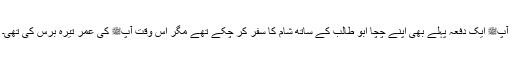
آپﷺ ایک دفعہ پہلے بھی اپنے چچا ابو طالب کے ساتھ شام کا سفر کر چکے تھے مگر اس وقت آپﷺ کی عمر تیرہ برس کی تھی۔